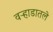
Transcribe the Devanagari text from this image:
वऱ्हाडातले